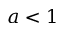
a < 1